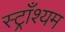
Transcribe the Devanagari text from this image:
स्ट्राँश्यम